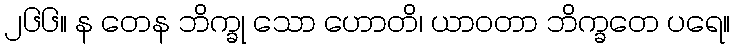
၂၆၆။ န တေန ဘိက္ခု သော ဟောတိ၊ ယာဝတာ ဘိက္ခတေ ပရေ။